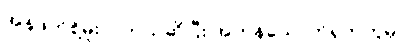
အန်ဖတ်စို့မူးလဲတယ်ဆိုပြီး အကုန်သောက်ရှက်ကွဲမှာ။